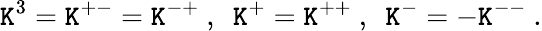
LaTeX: \mathtt{K}^{3}=\mathtt{K}^{+-}=\mathtt{K}^{-+}~,~~\mathtt{K}^{+}=\mathtt{K}^{++}~,~~\mathtt{K}^{-}=-\mathtt{K}^{--}~.